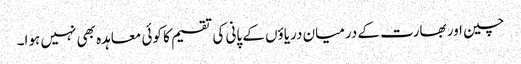
چین اور بھارت کے درمیان دریاؤں کے پانی کی تقسیم کا کوئی معاہدہ بھی نہیں ہوا۔